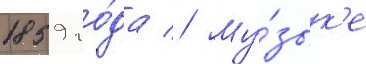
1859 го́да // Му́зык'е